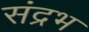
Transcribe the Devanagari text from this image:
संद्रभ